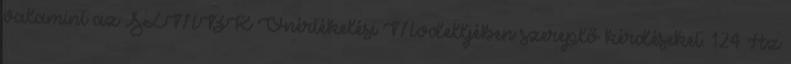
valamint az SZMBK Önértékelési Modelljében szereplő kérdéseket. 124 Az